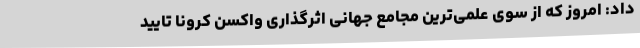
داد: امروز که از سوی علمی‌ترین مجامع جهانی اثرگذاری واکسن کرونا تایید